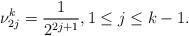
LaTeX: \begin{align*}\nu_{2j}^{k} = \frac{1}{2^{2j+1}} , 1 \leq j \leq k-1.\end{align*}